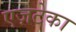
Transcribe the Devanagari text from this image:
एज़टेका